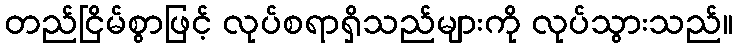
တည်ငြိမ်စွာဖြင့် လုပ်စရာရှိသည်များကို လုပ်သွားသည်။